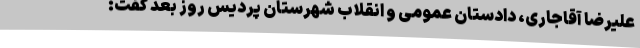
علیرضا آقاجاری، دادستان عمومی و انقلاب شهرستان پردیس روز بعد گفت: